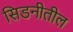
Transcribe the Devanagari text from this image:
सिडनीतील